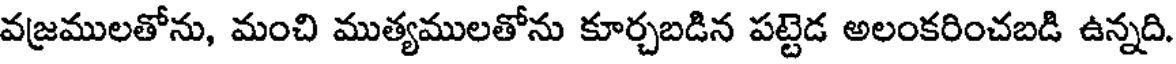
వజ్రములతోను, మంచి ముత్యములతోను కూర్చబడిన పట్టెడ అలంకరించబడి ఉన్నది.